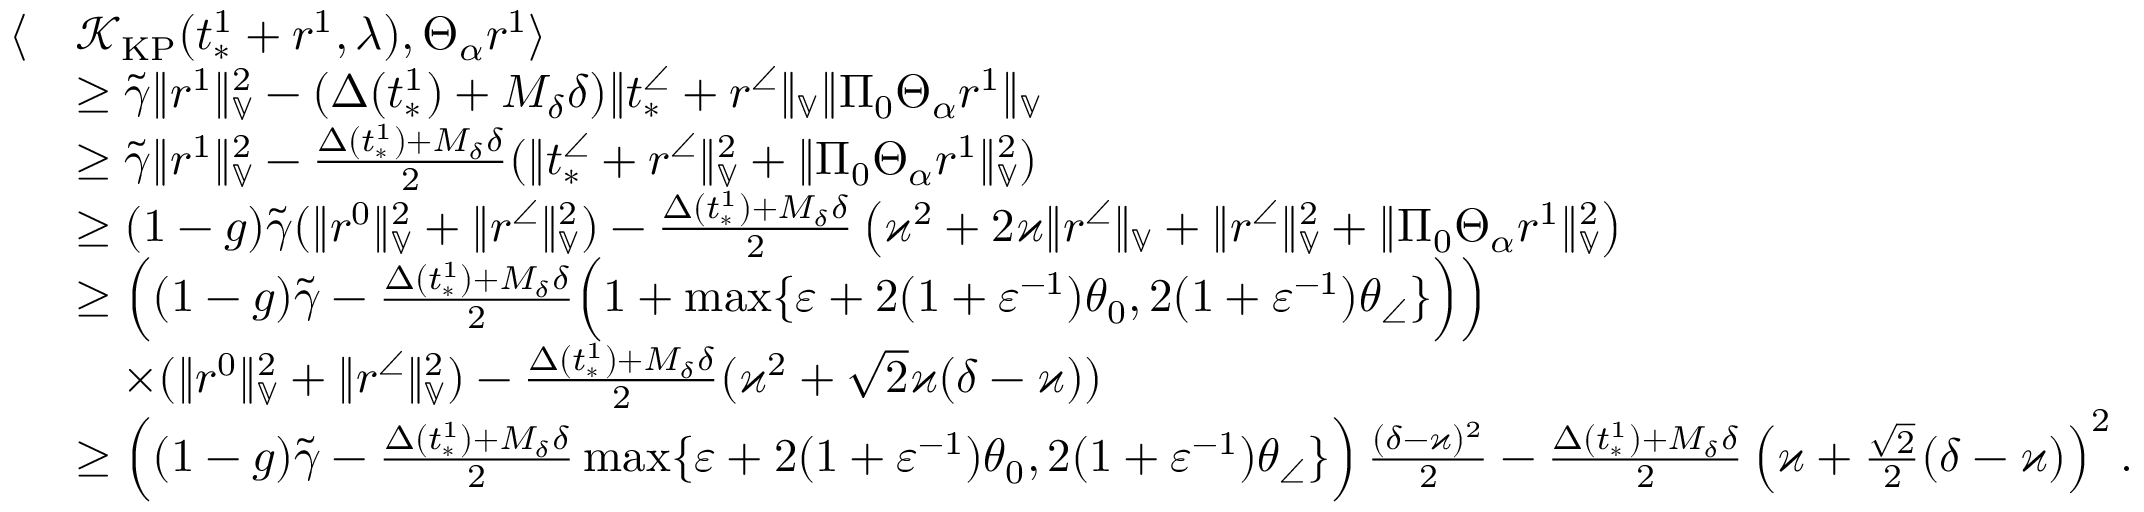
\begin{array} { r l } { \langle } & { \mathcal { K } _ { \mathrm { K P } } ( t _ { * } ^ { 1 } + r ^ { 1 } , \lambda ) , \Theta _ { \alpha } r ^ { 1 } \rangle } \\ & { \ge \widetilde { \gamma } \| r ^ { 1 } \| _ { \mathbb { V } } ^ { 2 } - ( \Delta ( t _ { * } ^ { 1 } ) + M _ { \delta } \delta ) \| t _ { * } ^ { \angle } + r ^ { \angle } \| _ { \mathbb { V } } \| \Pi _ { 0 } \Theta _ { \alpha } r ^ { 1 } \| _ { \mathbb { V } } } \\ & { \ge \widetilde { \gamma } \| r ^ { 1 } \| _ { \mathbb { V } } ^ { 2 } - \frac { \Delta ( t _ { * } ^ { 1 } ) + M _ { \delta } \delta } { 2 } ( \| t _ { * } ^ { \angle } + r ^ { \angle } \| _ { \mathbb { V } } ^ { 2 } + \| \Pi _ { 0 } \Theta _ { \alpha } r ^ { 1 } \| _ { \mathbb { V } } ^ { 2 } ) } \\ & { \ge ( 1 - g ) \widetilde { \gamma } ( \| r ^ { 0 } \| _ { \mathbb { V } } ^ { 2 } + \| r ^ { \angle } \| _ { \mathbb { V } } ^ { 2 } ) - \frac { \Delta ( t _ { * } ^ { 1 } ) + M _ { \delta } \delta } { 2 } \left( \varkappa ^ { 2 } + 2 \varkappa \| r ^ { \angle } \| _ { \mathbb { V } } + \| r ^ { \angle } \| _ { \mathbb { V } } ^ { 2 } + \| \Pi _ { 0 } \Theta _ { \alpha } r ^ { 1 } \| _ { \mathbb { V } } ^ { 2 } \right) } \\ & { \ge \left( ( 1 - g ) \widetilde { \gamma } - \frac { \Delta ( t _ { * } ^ { 1 } ) + M _ { \delta } \delta } { 2 } \Big ( 1 + \operatorname* { m a x } \{ \varepsilon + 2 ( 1 + \varepsilon ^ { - 1 } ) \theta _ { 0 } , 2 ( 1 + \varepsilon ^ { - 1 } ) \theta _ { \angle } \} \Big ) \right) } \\ & { \quad \times ( \| r ^ { 0 } \| _ { \mathbb { V } } ^ { 2 } + \| r ^ { \angle } \| _ { \mathbb { V } } ^ { 2 } ) - \frac { \Delta ( t _ { * } ^ { 1 } ) + M _ { \delta } \delta } { 2 } ( \varkappa ^ { 2 } + \sqrt { 2 } \varkappa ( \delta - \varkappa ) ) } \\ & { \ge \left( ( 1 - g ) \widetilde { \gamma } - \frac { \Delta ( t _ { * } ^ { 1 } ) + M _ { \delta } \delta } { 2 } \operatorname* { m a x } \{ \varepsilon + 2 ( 1 + \varepsilon ^ { - 1 } ) \theta _ { 0 } , 2 ( 1 + \varepsilon ^ { - 1 } ) \theta _ { \angle } \} \right) \frac { ( \delta - \varkappa ) ^ { 2 } } { 2 } - \frac { \Delta ( t _ { * } ^ { 1 } ) + M _ { \delta } \delta } { 2 } \left( \varkappa + \frac { \sqrt { 2 } } { 2 } ( \delta - \varkappa ) \right) ^ { 2 } . } \end{array}